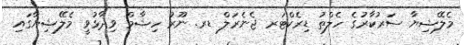
މެލޭޝިޔާ ސަރުކާރުގެ ހެލްތު ޑިރެކްޓަރ ޖެނެރަލް ޑރ. ނޫރު ހިޝާމް ވިދާޅުވީ މެލޭޝިޔާގައި